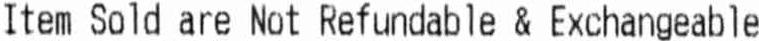
ITEM SOLD ARE NOT REFUNDABLE & EXCHANGEABLE